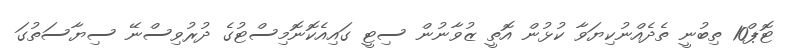
ޓޮޕް10 ތިބުނީ ތެދެއްނުކިޔަވާ ކުޅުން އޮތީ ޒުވާނުން ސިޓީ ގައިއެކޮނޮމިސްޓުގެ ދުރުވިސްނޭ ސިޔާސަތުގަ